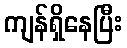
ကျန်ရှိနေပြီး